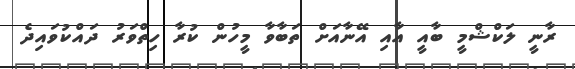
ރާނީ ލަކްޝްމީ ބާއީ އާއި އޭނާއަށް ތަބާވާ މީހުން ކުރާ ހިތްވަރު ދައްކުވައިދެ